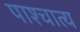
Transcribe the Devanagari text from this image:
पाश्‍चात्‍य